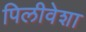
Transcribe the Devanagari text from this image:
पिलीवेशा